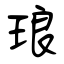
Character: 琅